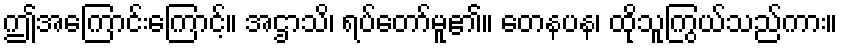
ဤအကြောင်းကြောင့်။ အဌာသိ၊ ရပ်တော်မူ၏။ တေနပန၊ ထိုသူကြွယ်သည်ကား။